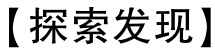
【探索发现】